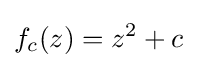
f_{c}(z)=z^{2}+c